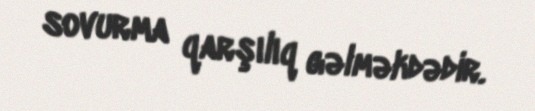
sovurma qarşılıq gəlməkdədir.